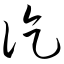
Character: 讫